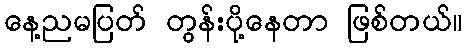
နေ့ညမပြတ် တွန်းပို့နေတာ ဖြစ်တယ်။